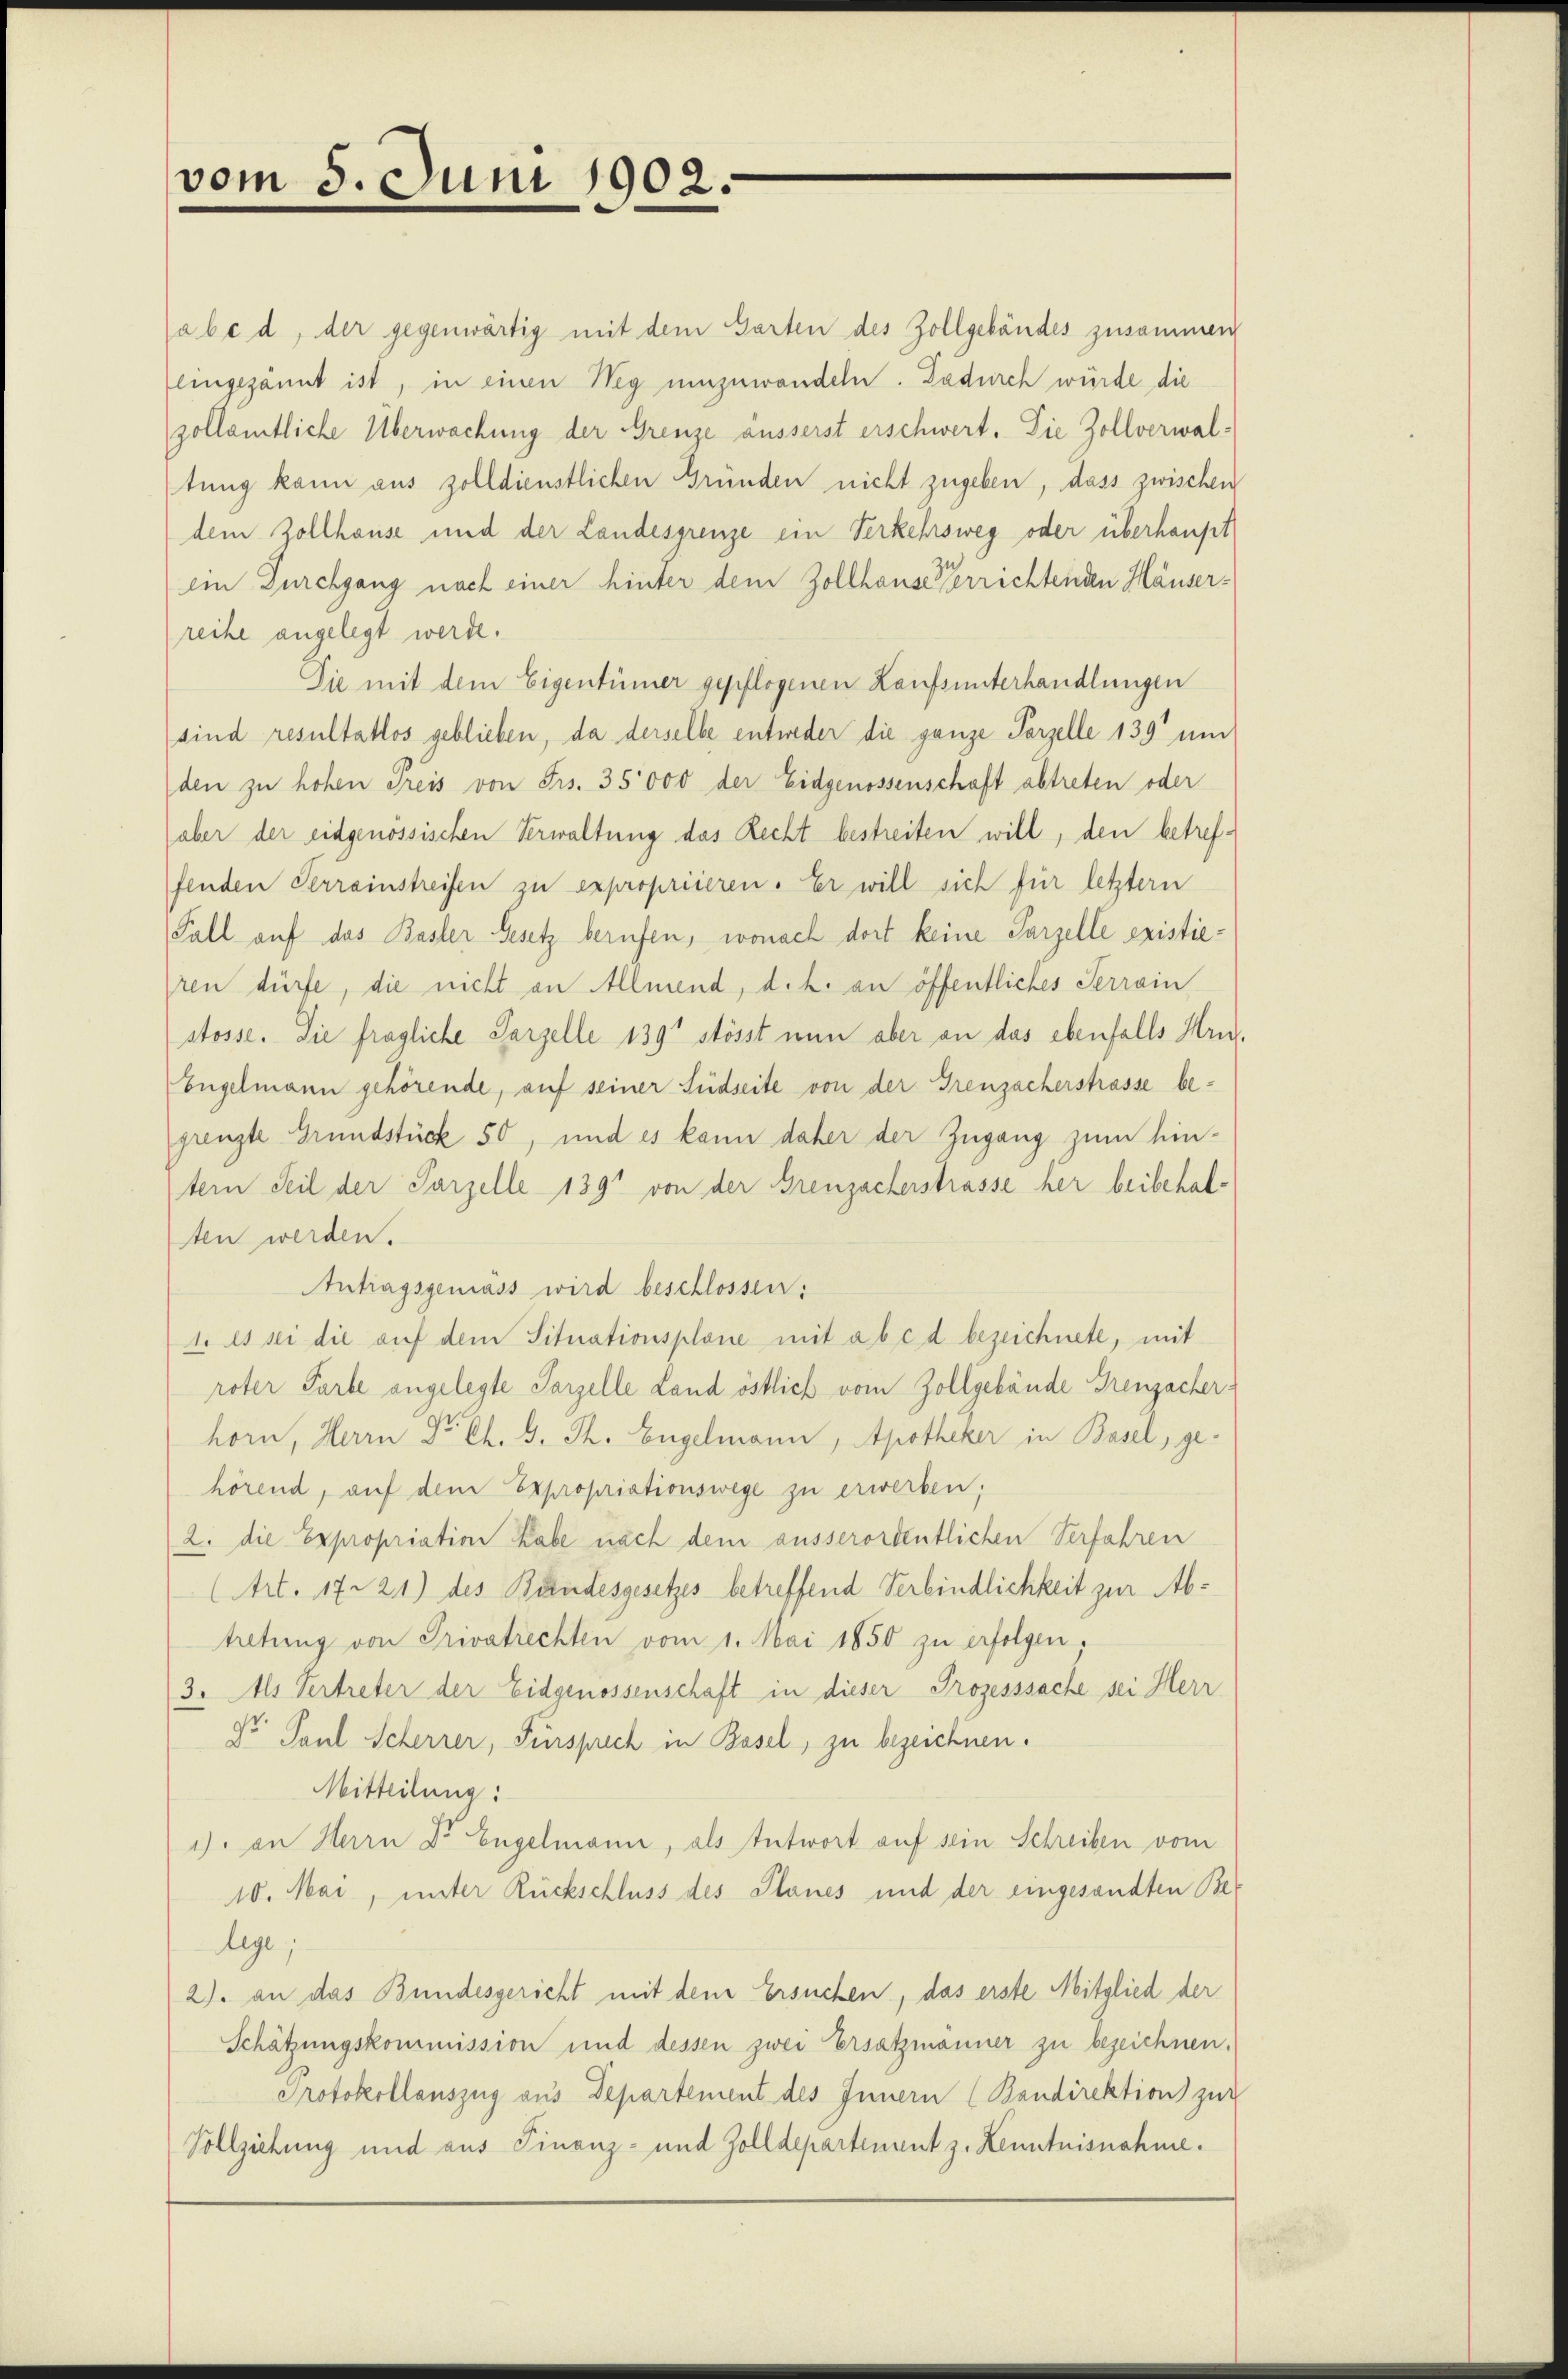
vom 5. Juni 1902

abc d, der gegenwärtig mit dem Garten des Zollgebäudes zusammen
lingezäunt ist, in einen Weg umzuwandeln. Dadurch würde die
zollamtliche Überwachung der Grenze äusserst erschwert. Die Zollverwaltung kann aus zolldienstlichen Gründen nicht zugeben, dass zwischen
dem Zollhause und der Landesgrenze ein Verkehrsweg oder überhaupt
ein Durchgang nach einer hinter dem Zollhause errichtenden Häuserreihe angelegt werde.
Die mit dem Eigentümer gepflogenen Laufsunterhandlungen
sind resultatlos geblieben, da derselbe entweder die ganze Parzelle 139 und
den zu hohen Preis von Frs. 35000 der Eidgenossenschaft abtreten oder
aber der eidgenössischen Verwaltung das Recht bestreiten will, den betreffenden Terrainstreifen zu expropriieren. Er will sich für letztern
Fall auf das Basler Gesetz berufen, wonach dort keine Parzelle existieren dürfe, die nicht an Allmend, d. h. an öffentliches Terrain
stosse. Sie fragliche Parzelle 139' stösst nun aber an das ebenfalls Hrn.
Engelmann gehörende, auf seiner Südseite von der Greuzacherstrasse begrenzte Grundstück 50, und es kann daher der Zugang zum hintern Seil der Parzelle 139 von der Greuzacherstrasse her beibehalten werden.
Antragsgemäss wird beschlossen:
1. Es sei die auf dem Situationsplane mit ab c d bezeichnete, mit
roter Farbe angelegte Parzelle Land östlich vom Zollgebäude Greuzacher
horn, Herrn Dr. Ch. S. Th. Engelmann, Apotheker in Basel, gehörend, auf dem Expropriationswege zu erwerben;
2. die Expropriation habe nach dem ausserordentlichen Verfahren
(Art. 1721) des Bundesgesetzes betreffend Verbindlichkeit zur Abtretung von Privatrechten vom 1. Mai 1850 zu erfolgen,
(3. Als Vertreter der Eidgenossenschaft in dieser Prozesssache sei Herr
So Paul Scherrer, Fürsprech in Basel, zu bezeichnen.
Mitteilung:
1) an Herrn Dr Engelmann, als Entwort auf sein Schreiben vom
10. Mai, unter Rückschluss des Planes und der eingesandten Belege
2) an das Bundesgericht mit dem Ersuchen, das erste Mitglied der
Schätzungskommission und dessen zwei Ersatzmänner zu bezeichnen.
Protokollauszug aus Departement des Innern (Bandirektion zur
Vollziehung und aus Finanz- und Zolldepartement z. Kenntnisnahme.